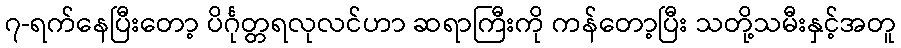
၇-ရက်နေပြီးတော့ ပိင်္ဂုတ္တရလုလင်ဟာ ဆရာကြီးကို ကန်တော့ပြီး သတို့သမီးနှင့်အတူ